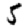
Digit: 5